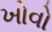
ખોવો